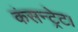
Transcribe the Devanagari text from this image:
कंसन्ट्रेट।